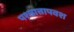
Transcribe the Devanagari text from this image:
पश्चात्तापवश